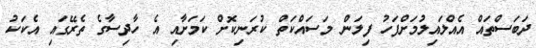
ދަބަސްތައް އެއްލައިލުމަށްފަހު ފިލަން މަސައްކަތް ކުރަނިކޮށް ކަމަށާއި އެ ހާދިސާގެ ތެރޭގައި އެކަކު